Indian journal of veterinary science and animal husbandry - Volumes 26-27, 1956-1957
Year: 1956
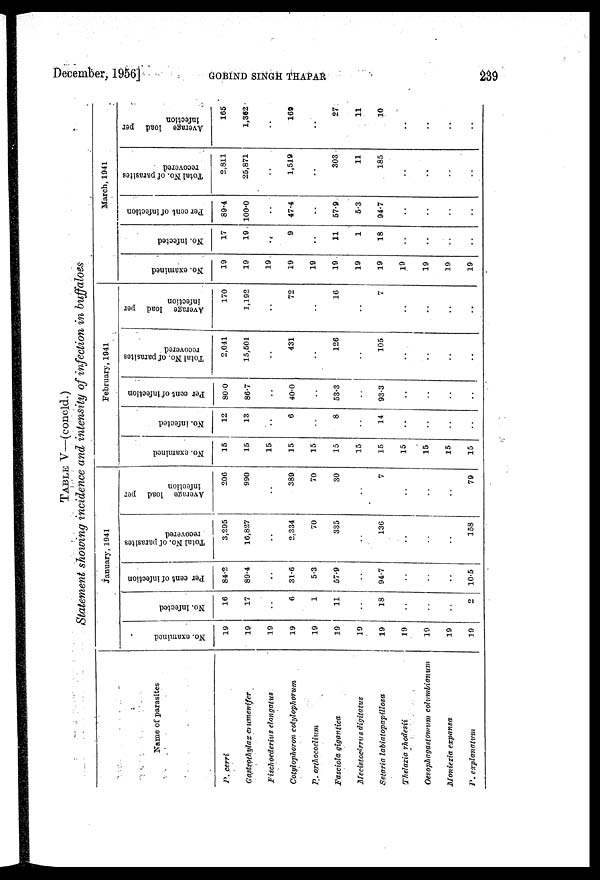
December, 1956]
GOBIND
SINGH
THAPAR
239
TABLE V—(concld.)
Statement showing incidence and intensity of infection in buffaloes
Name of parasites
P. cerri
Gastrothylax
erumenifer
Fischoederius
elongatus
Cotylophoron
cotylophorum
P.
orthocoelium
Fasciola
gigantica
Mecistocirrus
digitatus
Setaria
labiatopapillosa
Thelazia
rhodesii
Oesophagastomum
columbianum
Moniezia
expansa
P. explanatum
January, 1941
No. examined
19
19
19
19
19
19
19
19
19
19
19
19
No. Infected
16
17
..
6
1
11
..
18
..
..
..
2
Per cent of infection
84.2
89.4
..
31.6
5.3
57.9
..
94.7
..
..
..
10.5
Total No. of parasites
recovered
3,295
16,827
..
2,334
70
335
..
136
..
..
..
158
Average load per
infection
206
990
..
389
70
30
..
7
..
..
..
79
February, 1941
No. examined
15
15
15
15
15
15
15
15
15
15
15
15
No. infected
12
13
..
6
..
8
..
14
..
..
..
..
Per cent of infection
80.0
86.7
..
40.0
..
53.3
..
93.3
..
..
..
..
Total No. of parasites
recovered
2,041
15,501
..
431
..
126
..
105
..
..
..
..
Average load per
infection
170
1,192
..
72
..
16
..
7
..
..
..
..
March, 1941
No. examined
19
19
19
19
19
19
19
19
19
19
19
19
No. infected
17
19
..
9
..
11
1
18
..
..
..
..
Per cent of infection
89.4
100.0
..
47.4
..
57.9
5.3
94.7
..
..
..
..
Total No. of parasites
recovered
2,811
25,871
..
1,519
..
303
11
185
..
..
..
..
Average load per
infection
165
1,362
..
169
..
27
11
10
..
..
..
..